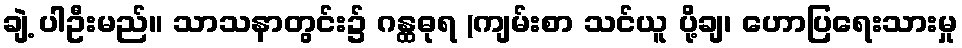
ချဲ့ ပါဦးမည်။ သာသနာတွင်း၌ ဂန္ထဓုရ (ကျမ်းစာ သင်ယူ ပို့ချ၊ ဟောပြရေးသားမှု